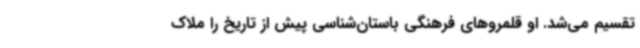
تقسیم می‌شد. او قلمروهای فرهنگی باستان‌شناسی پیش از تاریخ را ملاک